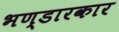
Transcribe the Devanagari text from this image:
भण्डारकार